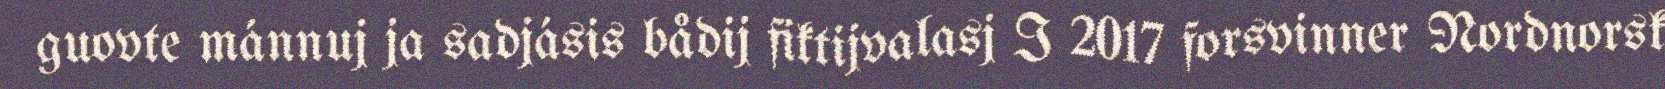
guovte mánnuj ja sadjásis bådij fiktijvalasj I 2017 forsvinner Nordnorsk